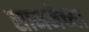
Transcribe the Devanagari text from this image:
सामनेच्या